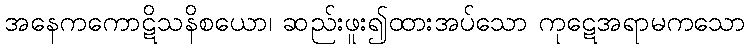
အနေကကောဋိသနိစယော၊ ဆည်းဖူး၍ထားအပ်သော ကုဋေအရာမကသော